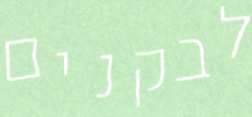
לבקנים